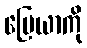
မြေယာကို